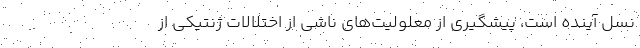
نسل آینده است، پیشگیری از معلولیت‌های ناشی از اختلالات ژنتیکی از